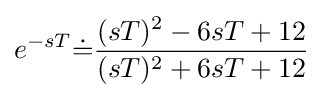
e^{-sT}{\dot {=}}{\frac {(sT)^{2}-6sT+12}{(sT)^{2}+6sT+12}}